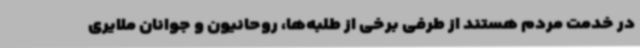
در خدمت مردم هستند از طرفی برخی از طلبه‌ها، روحانیون و جوانان ملایری